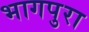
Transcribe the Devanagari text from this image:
भागपुरा